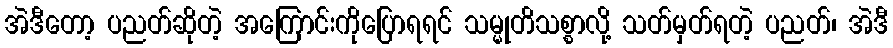
အဲဒီတော့ ပညတ်ဆိုတဲ့ အကြောင်းကိုပြောရရင် သမ္မုတိသစ္စာလို့ သတ်မှတ်ရတဲ့ ပညတ်၊ အဲဒီ